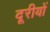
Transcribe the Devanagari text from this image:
दूरीयों